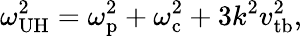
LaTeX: \omega_{\mathrm{UH}}^{2}=\omega_{\mathrm{p}}^{2}+\omega_{\mathrm{c}}^{2}+3k^{2}v_{\mathrm{tb}}^{2},